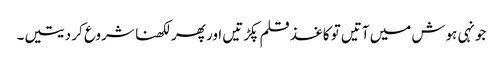
جونہی ہوش میں آتیں تو کاغذ قلم پکڑتیں اور پھر لکھنا شروع کر دیتیں۔